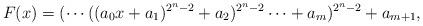
LaTeX: \begin{align*}F(x) = (\cdots((a_0x + a_1)^{2^n-2}+a_2)^{2^n-2} \cdots +a_m)^{2^n-2} + a_{m+1},\end{align*}